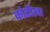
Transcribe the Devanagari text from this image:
कोटीला